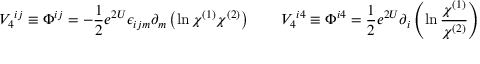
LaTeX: V _ { 4 } { } ^ { i j } \equiv \Phi ^ { i j } = - { \frac { 1 } { 2 } } e ^ { 2 U } \epsilon _ { i j m } \partial _ { m } \left( \ln \chi ^ { ( 1 ) } \chi ^ { ( 2 ) } \right) \qquad V _ { 4 } { } ^ { i 4 } \equiv \Phi ^ { i 4 } = { \frac { 1 } { 2 } } e ^ { 2 U } \partial _ { i } \left( \ln { \frac { \chi ^ { ( 1 ) } } { \chi ^ { ( 2 ) } } } \right)